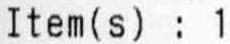
ITEM(S) : 1